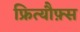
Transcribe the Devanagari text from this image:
फ्रित्यौफ़्स